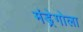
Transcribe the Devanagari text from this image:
मंड्रेगोला